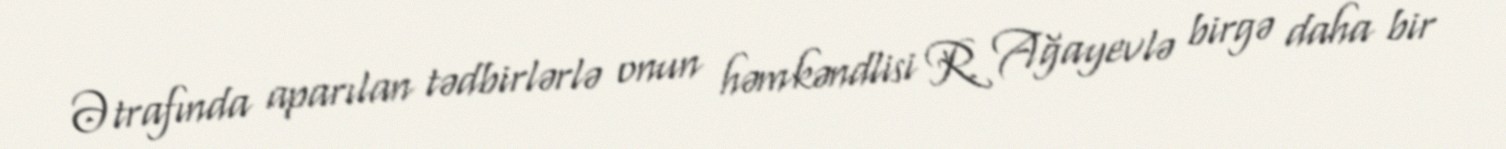
Ətrafında aparılan tədbirlərlə onun həmkəndlisi R. Ağayevlə birgə daha bir